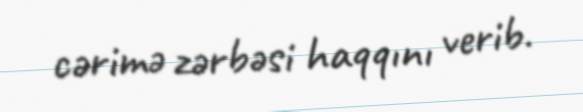
cərimə zərbəsi haqqını verib.